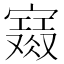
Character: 𡫙